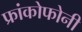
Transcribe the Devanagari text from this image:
फ्रांकोफोनी